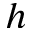
h